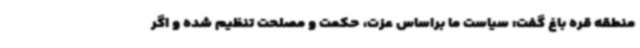
منطقه قره باغ گفت: سیاست ما براساس عزت، حکمت و مصلحت تنظیم شده و اگر